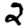
Digit: 2